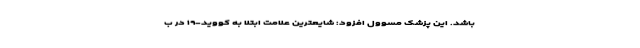
باشد. این پزشک مسوول افزود: شایعترین علامت ابتلا به کووید-۱۹ در ب